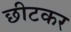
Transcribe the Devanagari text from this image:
छीटकर